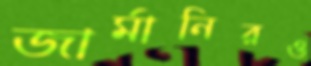
জার্মানিরও